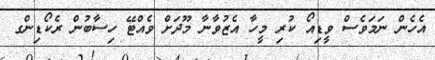
އެހެން ނަމަވެސް ވީޑިއޯ ކުރި މީހާ އެޒުވާނާ މޫދަށް ވެއްޓޭ ހިސާބުން ރެކޯޑިންގ